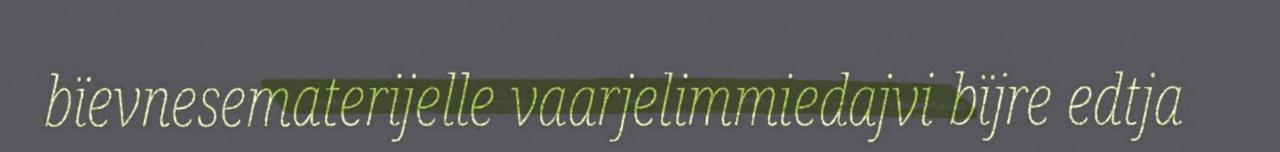
bïevnesematerijelle vaarjelimmiedajvi bïjre edtja